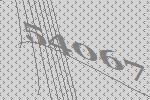
54067